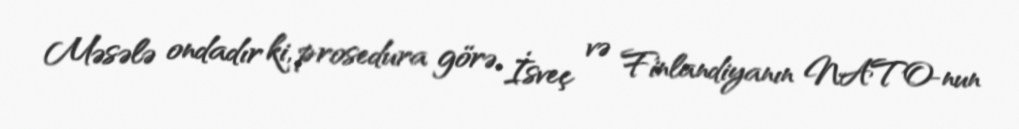
Məsələ ondadır ki, prosedura görə, İsveç və Finlandiyanın NATO-nun